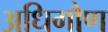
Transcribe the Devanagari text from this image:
अधिगौण